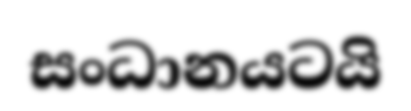
සංධානයටයි